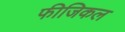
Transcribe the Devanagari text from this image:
फीजिकल